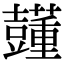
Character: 𧄓